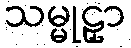
သမ္မုဠှာ